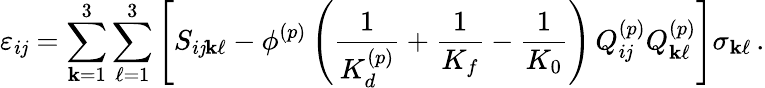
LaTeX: \varepsilon_{i\mathit{j}}=\sum_{\mathbf{k}=1}^{3}\sum_{\ell=1}^{3}\left[S_{i\mathit{j}\mathbf{k}\ell}-\phi^{(p)}\left(\frac{{1}}{{K_{d}^{(p)}}}+\frac{{1}}{{K_{f}}}-\frac{{1}}{{K_{0}}}\right)\, Q_{i\mathit{j}}^{(p)}Q_{\mathbf{k}\ell}^{(p)}\right]\sigma_{\mathbf{k}\ell}\, .